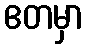
ဧတမှာ